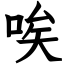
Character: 唉